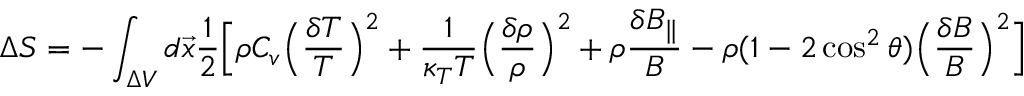
\Delta S = - \int _ { \Delta V } d \vec { x } \frac { 1 } { 2 } \Big [ \rho C _ { v } \Big ( \frac { \delta T } { T } \Big ) ^ { 2 } + \frac { 1 } { \kappa _ { T } T } \Big ( \frac { \delta \rho } { \rho } \Big ) ^ { 2 } + \rho \frac { \delta B _ { \| } } { B } - \rho ( 1 - 2 \cos ^ { 2 } \theta ) \Big ( \frac { \delta B } { B } \Big ) ^ { 2 } \Big ]